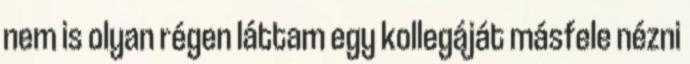
nem is olyan régen láttam egy kollegáját másfele nézni